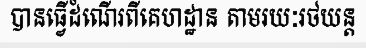
បានធ្វើដំណើរពីគេហដ្ឋាន តាមរយៈរថយន្ត